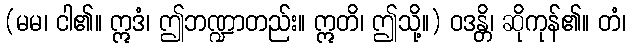
(မမ၊ ငါ၏။ ဣဒံ၊ ဤဘဏ္ဍာတည်း။ ဣတိ၊ ဤသို့။) ဝဒန္တိ၊ ဆိုကုန်၏။ တံ၊